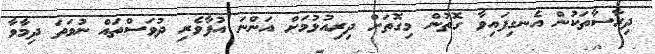
ދިރާސާތަކުން އެނގިފައިވާ ގޮތުން މިގޮތަށް ދިރިއުޅުމަށް އަންނަ އުފާވެރި ދުވަސްތައް ނުވަތަ ދިމާވާ